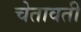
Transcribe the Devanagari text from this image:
चेतावती